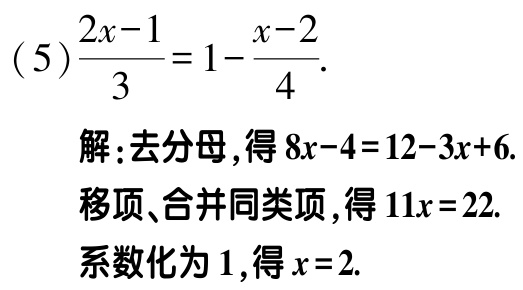
(5)\(\frac{2x - 1}{3}=1-\frac{x - 2}{4}\).

解：去分母，得\(8x - 4 = 12 - 3x + 6\).

移项、合并同类项，得\(11x = 22\).

系数化为1，得\(x = 2\).